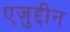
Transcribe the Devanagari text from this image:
एजुद्दीन